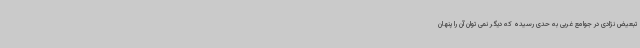
تبعیض نژادی در جوامع غربی به حدی رسیده که دیگر نمی توان آن را پنهان